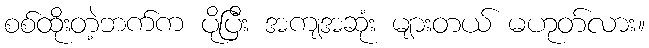
စစ်ထိုးတဲ့ဘက်က ပိုပြီး အကျအဆုံး များတယ် မဟုတ်လား။